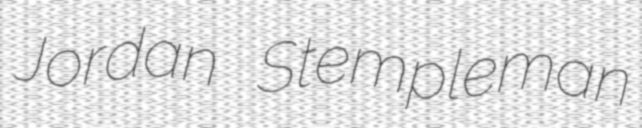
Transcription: Jordan Stempleman